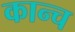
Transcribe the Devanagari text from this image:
कान्च